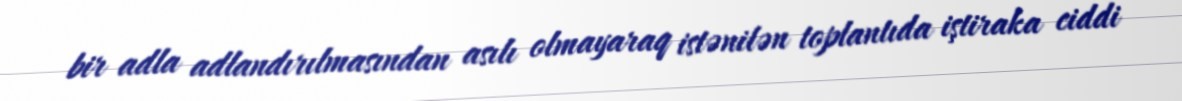
bir adla adlandırılmasından asılı olmayaraq istənilən toplantıda iştiraka ciddi